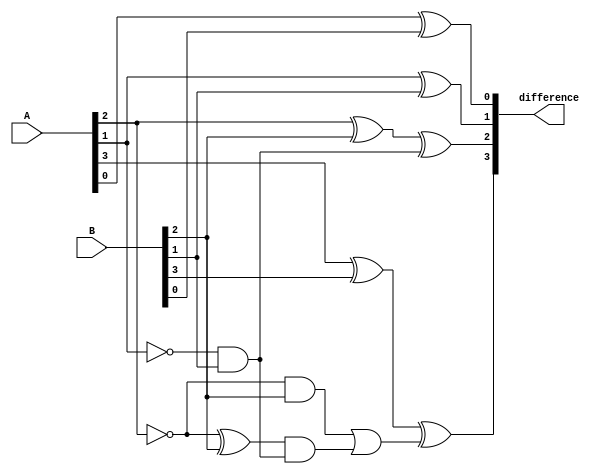
module ripple_carry_subtractor (
    input [3:0] A, // 4-bit input A
    input [3:0] B, // 4-bit input B
    output reg [3:0] difference // 4-bit output difference
);

wire [3:0] borrow;
reg [3:0] temp;

assign borrow[0] = 1'b0;

genvar i;
generate
    for (i = 1; i < 4; i = i + 1) begin : subtractor
        assign borrow[i] = (~A[i] & B[i]) | ((~A[i] ^ B[i]) & borrow[i-1]);
        assign temp[i] = A[i] ^ B[i] ^ borrow[i-1];
    end
endgenerate

always @* begin
    difference[0] = A[0] ^ B[0];
    difference[1] = temp[1];
    difference[2] = temp[2];
    difference[3] = temp[3];
end

endmodule